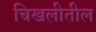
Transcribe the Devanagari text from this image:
चिखलीतील